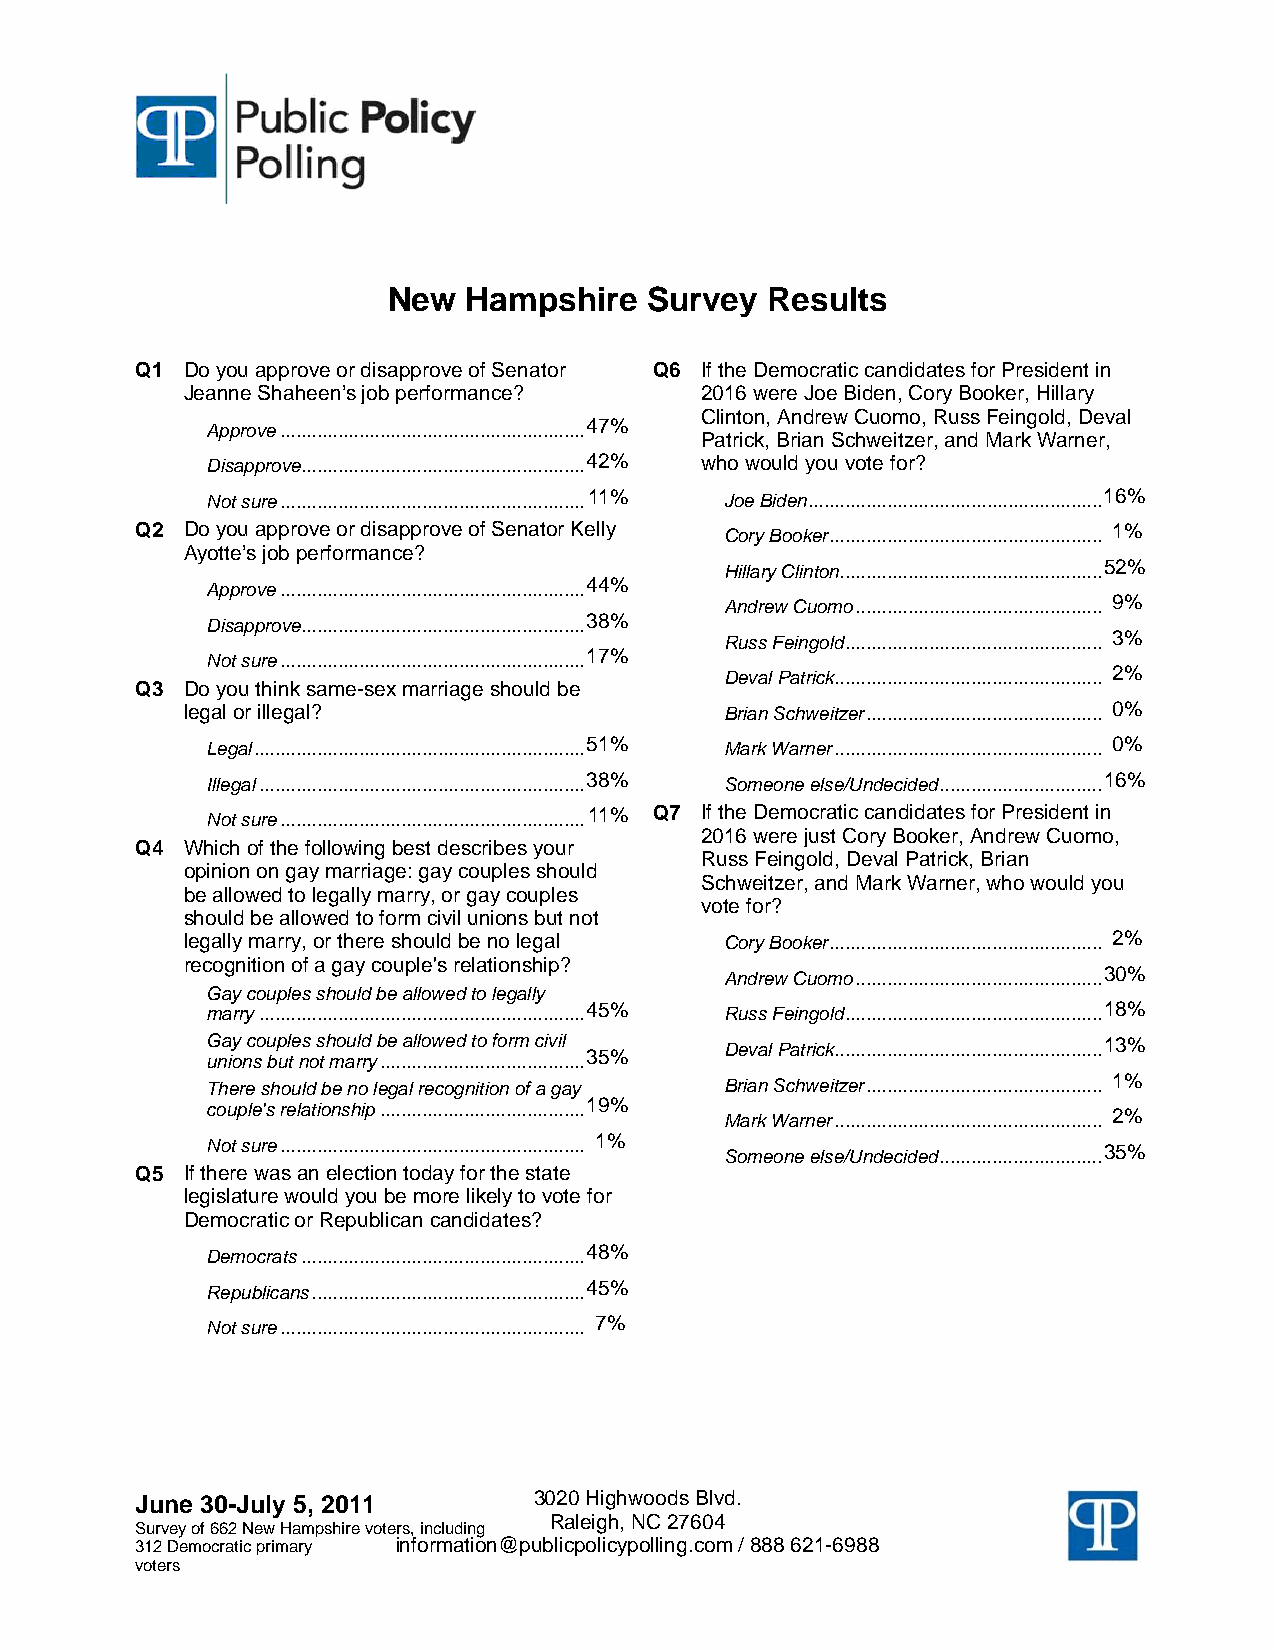
New  Hampshire   Survey  Results
 Q1 Do you approve or disapprove of Senator Q6 If the Democratic candidates for President in
 Jeanne Shaheen’s job performance? 2016 were Joe Biden, Cory Booker, Hillary
 Clinton, Andrew Cuomo, Russ Feingold, Deval
 Approve.......................................................... 47%
 Patrick, Brian Schweitzer, and Mark Warner,
 Disapprove...................................................... 42% who would you vote for?
 Not sure.......................................................... 11% Joe Biden........................................................ 16%
 Q2 Do you approve or disapprove of Senator Kelly Cory Booker.................................................... 1%
 Ayotte’s job performance?
 Hillary Clinton.................................................. 52%
 Approve.......................................................... 44%
 Andrew Cuomo............................................... 9%
 Disapprove...................................................... 38%
 Russ Feingold................................................. 3%
 Not sure.......................................................... 17%
 Deval Patrick................................................... 2%
 Q3 Do you think same-sex marriage should be
 legal or illegal?                   Brian Schweitzer............................................. 0%
 Legal............................................................... 51% Mark Warner................................................... 0%
 Illegal.............................................................. 38% Someone else/Undecided............................... 16%
 Not sure.......................................................... 11% Q7 If the Democratic candidates for President in
 2016 were just Cory Booker, Andrew Cuomo,
 Q4 Which of the following best describes your
 Russ Feingold, Deval Patrick, Brian
 opinion on gay marriage: gay couples should
 Schweitzer, and Mark Warner, who would you
 be allowed to legally marry, or gay couples
 vote for?
 should be allowed to form civil unions but not
 legally marry, or there should be no legal Cory Booker.................................................... 2%
 recognition of a gay couple's relationship?
 Andrew Cuomo............................................... 30%
 Gay couples should be allowed to legally
 marry.............................................................. 45% Russ Feingold................................................. 18%
 Gay couples should be allowed to form civil Deval Patrick................................................... 13%
 unions but not marry....................................... 35%
 There should be no legal recognition of a gay Brian Schweitzer............................................. 1%
 couple's relationship....................................... 19% Mark Warner................................................... 2%
 Not sure.......................................................... 1% Someone else/Undecided............................... 35%
 Q5 If there was an election today for the state
 legislature would you be more likely to vote for
 Democratic or Republican candidates?
 Democrats...................................................... 48%
 Republicans.................................................... 45%
 Not sure.......................................................... 7%
 JJuunnee 3300--JJuullyy 55,, 22001111 3020 Highwoods Blvd.
 Raleigh, NC 27604
 SSuurrvveeyy ooff 666622 NNeeww HHaammppsshhiirree vvootteerrss,, iinncclluuddiinngg
 331122 DDeemmooccrraattiicc pprriimmaarryy information@publicpolicypolling.com / 888 621-6988
 vvootteerrss